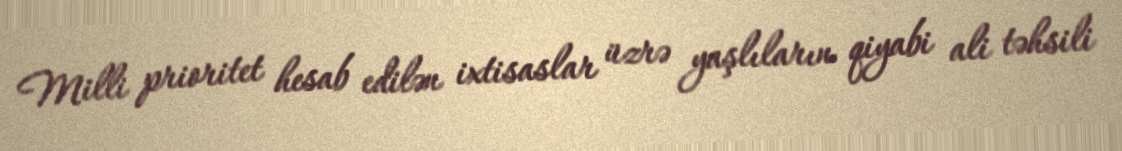
Milli prioritet hesab edilən ixtisaslar üzrə yaşlıların qiyabi ali təhsili